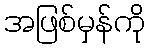
အဖြစ်မှန်ကို